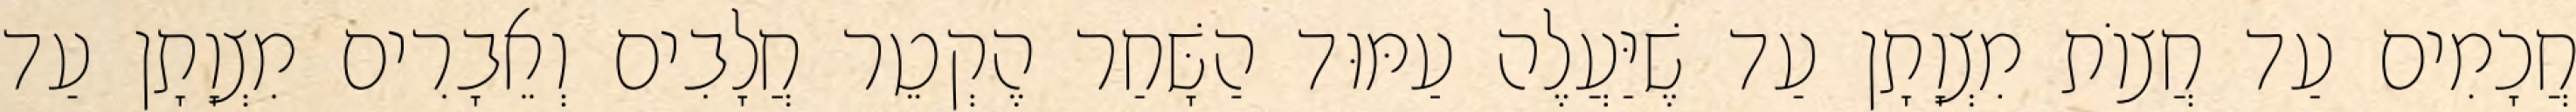
חֲכָמִים עַד חֲצוֹת מִצְוָתָן עַד שֶׁיַּעֲלֶה עַמּוּד הַשָּׁחַר הֶקְטֵר חֲלָבִים וְאֵבָרִים מִצְוָתָן עַד